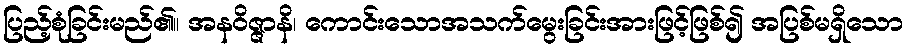
ပြည့်စုံခြင်းမည်၏။ အနဝိဇ္ဇာနိ၊ ကောင်းသောအသက်မွေးခြင်းအားဖြင့်ဖြစ်၍ အပြစ်မရှိသော